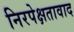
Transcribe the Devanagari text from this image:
निरपेक्षतावाद